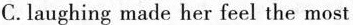
C.laughing made her feel the most